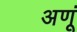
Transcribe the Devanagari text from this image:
अणूं